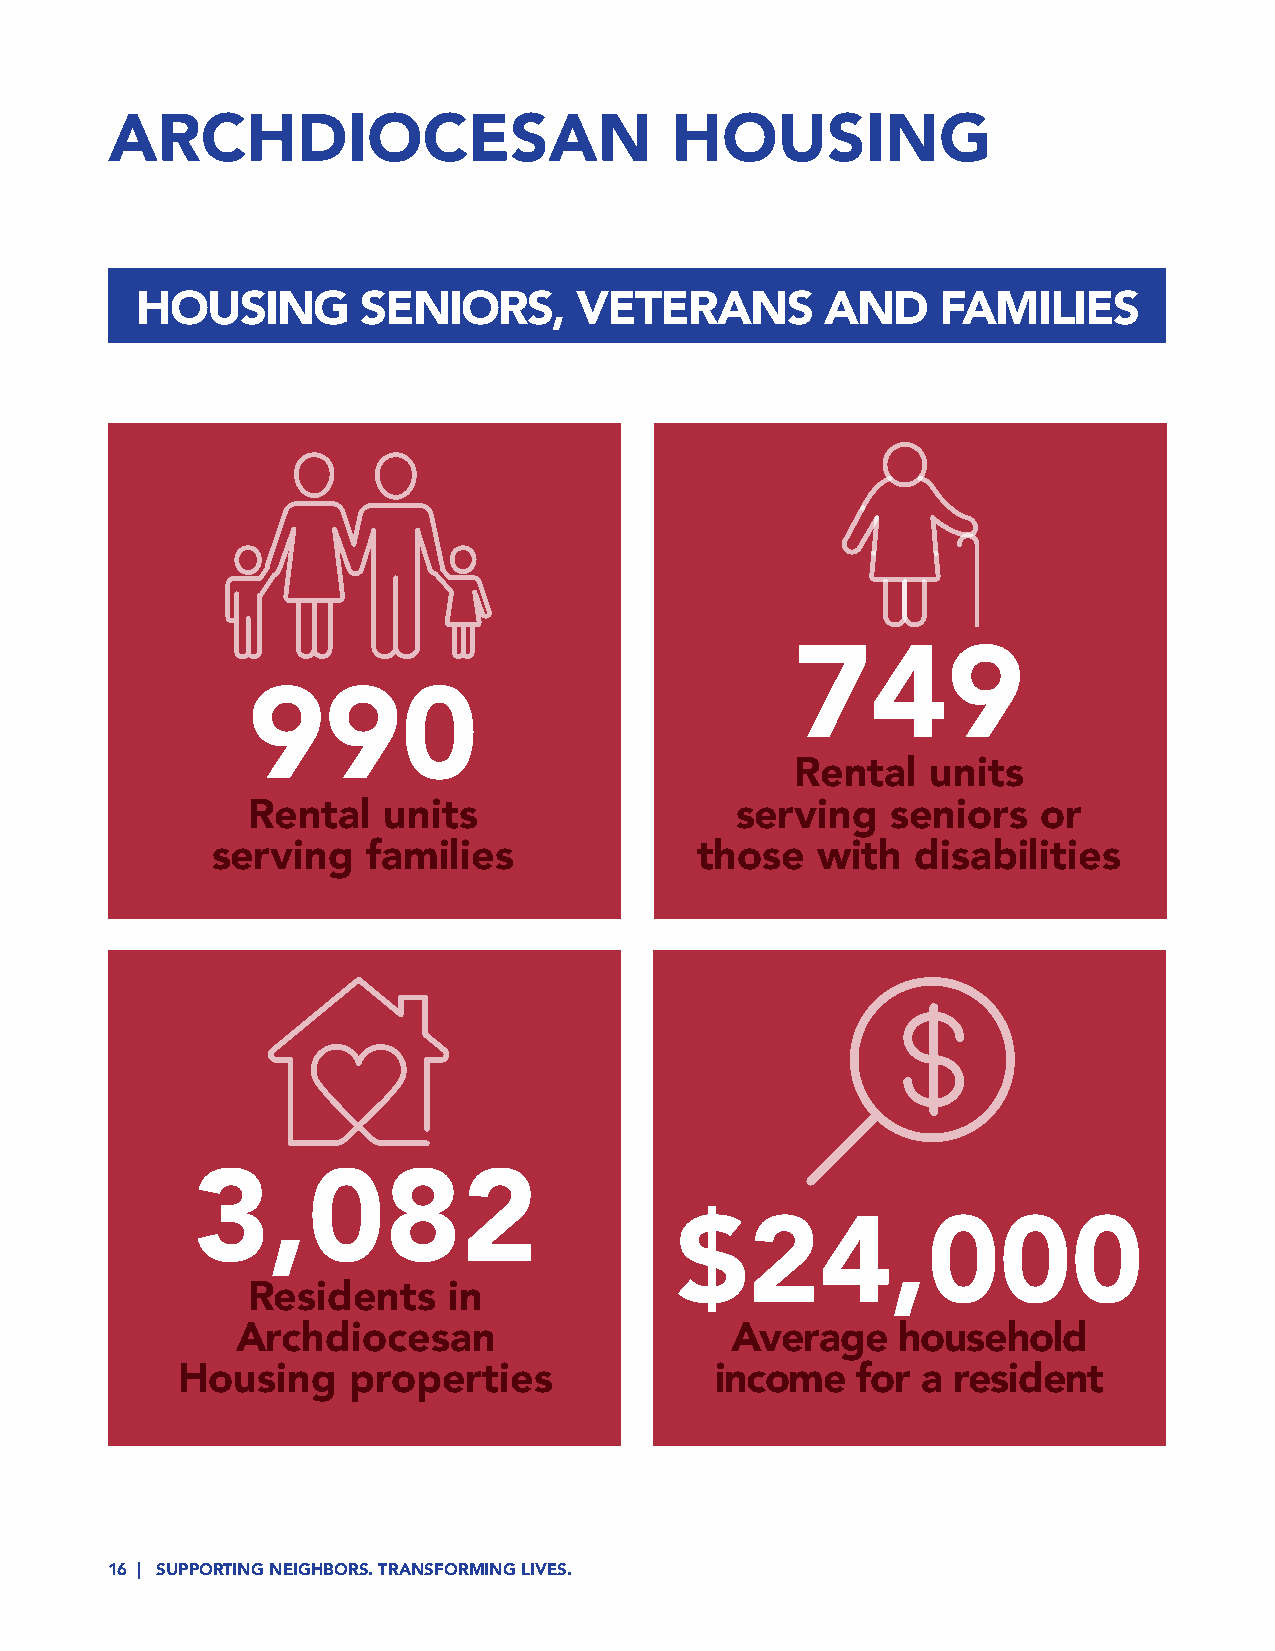
ARCHDIOCESAN                         HOUSING
 HOUSING        SENIORS,      VETERANS         AND    FAMILIES
 749
 990
 Rental   units
 Rental   units                   serving   seniors   or
 serving   families              those   with   disabilities
 3,082
 $24,000
 Residents     in
 Archdiocesan                    Average    household
 Housing    properties              income    for a resident
 16 | SUPPORTING NEIGHBORS. TRANSFORMING LIVES.